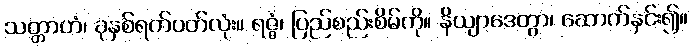
သတ္တာဟံ၊ ခုနှစ်ရက်ပတ်လုံး။ ရဇ္ဇံ၊ ပြည်စည်းစိမ်ကို။ နိယျာဒေတွာ၊ ဆောက်နှင်း၍။